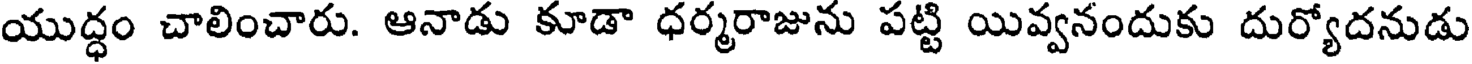
యుద్ధం చాలించారు. ఆనాడు కూడా ధర్మరాజును పట్టి యివ్వనందుకు దుర్యోదనుడు